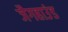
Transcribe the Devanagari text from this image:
जैगहाउंड